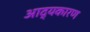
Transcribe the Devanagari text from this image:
आद्यकारण